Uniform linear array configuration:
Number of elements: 64
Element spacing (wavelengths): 0.75
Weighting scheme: uniform
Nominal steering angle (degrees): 30
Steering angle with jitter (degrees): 28.147
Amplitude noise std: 0.05
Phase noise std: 0.05

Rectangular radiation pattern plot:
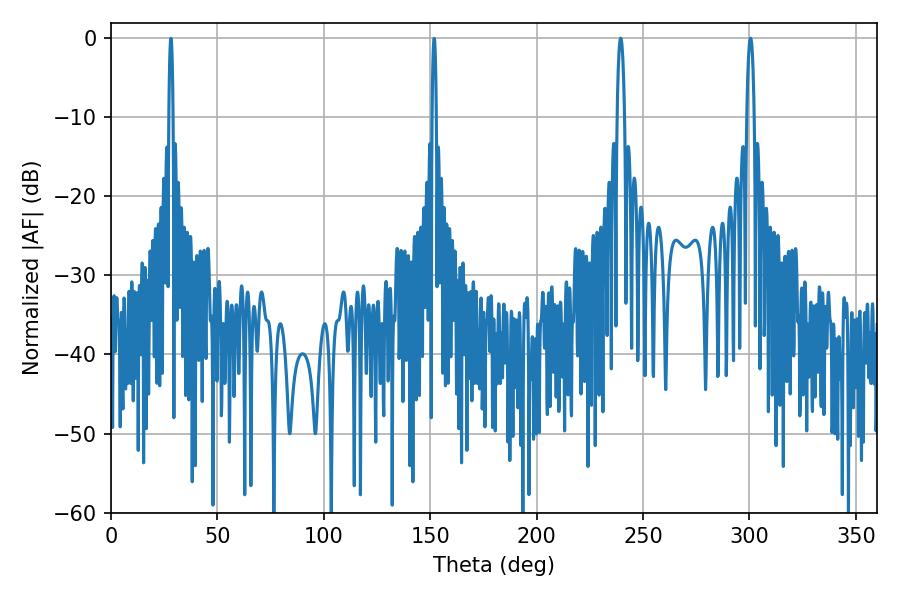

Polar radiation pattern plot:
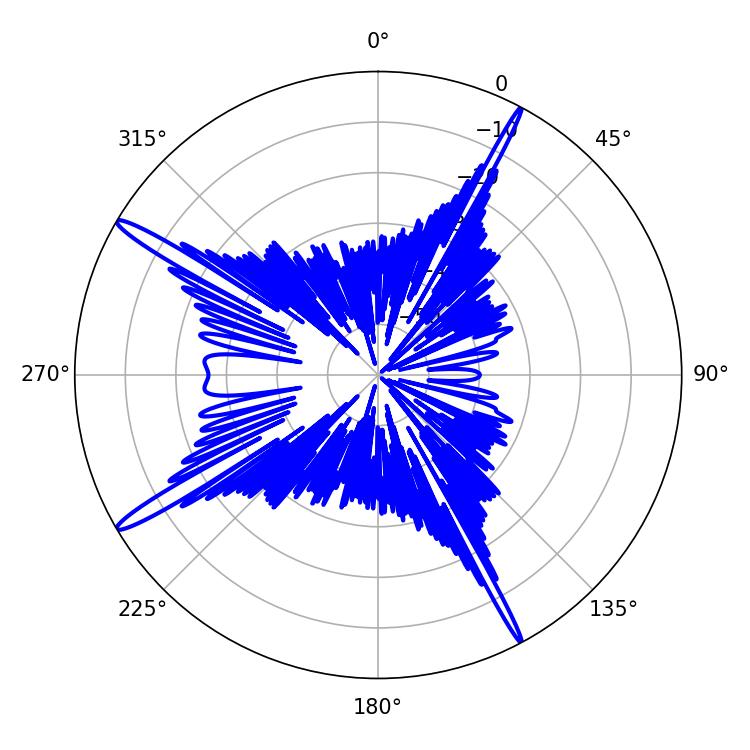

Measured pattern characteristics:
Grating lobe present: TRUE
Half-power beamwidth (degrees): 1.98
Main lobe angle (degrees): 300.42